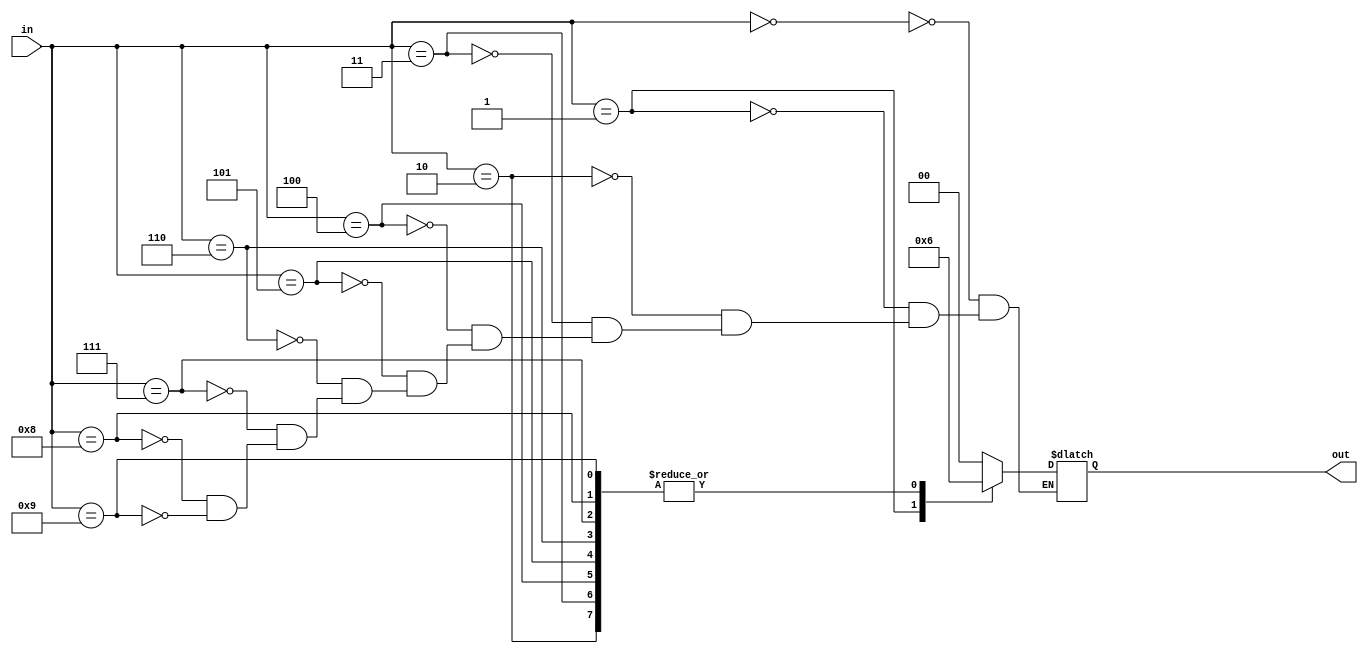
module priority_encoder (
    input [3:0] in,
    output reg [1:0] out
);

always @(*) begin
    case(in)
        4'd0: out = 2'b00; // Lowest priority
        4'd1: out = 2'b01;
        4'd2: out = 2'b10;
        4'd3: out = 2'b10;
        4'd4: out = 2'b10;
        4'd5: out = 2'b10;
        4'd6: out = 2'b10;
        4'd7: out = 2'b10;
        4'd8: out = 2'b10;
        4'd9: out = 2'b10; // Highest priority
    endcase
end

endmodule